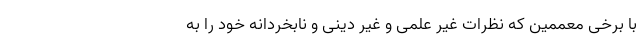
با برخی معممین که نظرات غیر علمی و غیر دینی و نابخردانه خود را به